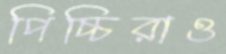
পিচ্চিরাও